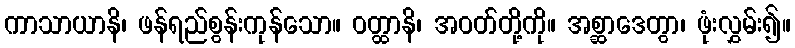
ကာသာယာနိ၊ ဖန်ရည်စွန်းကုန်သော။ ဝတ္ထာနိ၊ အဝတ်တို့ကို။ အစ္ဆာဒေတွာ၊ ဖုံးလွှမ်း၍။